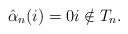
LaTeX: \begin{align*} \hat{\alpha}_n(i) = 0 i \notin T_n.\end{align*}